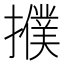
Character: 𢷏